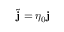
\Tilde { \mathbf { j } } = \eta _ { 0 } \mathbf { j }